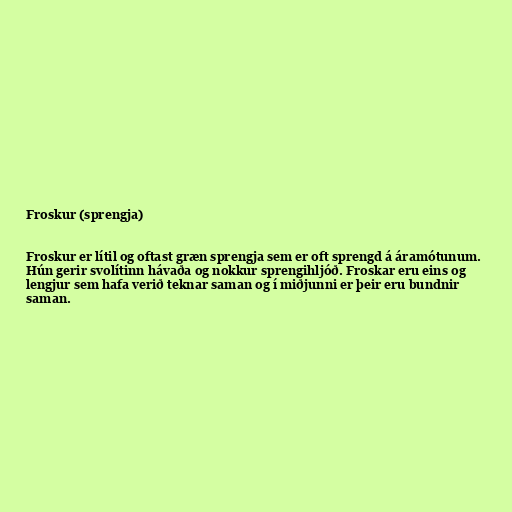
Froskur (sprengja)

Froskur er lítil og oftast græn sprengja sem er oft sprengd á áramótunum.
Hún gerir svolítinn hávaða og nokkur sprengihljóð. Froskar eru eins og
lengjur sem hafa verið teknar saman og í miðjunni er þeir eru bundnir
saman.